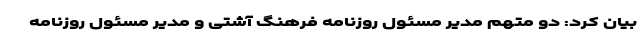
بیان کرد: دو متهم مدیر مسئول روزنامه فرهنگ آشتی و مدیر مسئول روزنامه